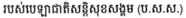
របស់បេឡាជាតិសន្តិសុខសង្គម (ប.ស.ស.)